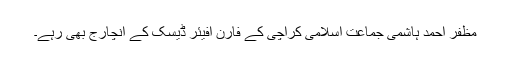
مظفر احمد ہاشمی جماعت اسلامی کراچی کے فارن افیئر ڈیسک کے انچارج بھی رہے۔